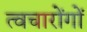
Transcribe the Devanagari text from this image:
त्वचारोंगों